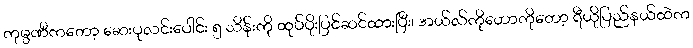
ကုမ္ပဏီကတော့ ဆေးပုလင်းပေါင်း ၅ သိန်းကို ထုပ်ပိုးပြင်ဆင်ထားပြီး၊ အယ်လ်ကိုဟောကိုတော့ ရီယိုပြည်နယ်ထဲက